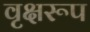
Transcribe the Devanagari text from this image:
वृक्षरूप